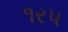
૧રપ